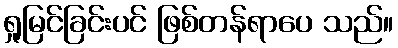
ရှုမြင်ခြင်းပင် ဖြစ်တန်ရာပေ သည်။